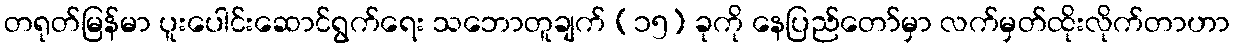
တရုတ်မြန်မာ ပူးပေါင်းဆောင်ရွက်ရေး သဘောတူချက် (၁၅) ခုကို နေပြည်တော်မှာ လက်မှတ်ထိုးလိုက်တာဟာ